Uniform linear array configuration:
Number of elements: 24
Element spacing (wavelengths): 0.5
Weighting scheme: hann
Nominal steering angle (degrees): -60
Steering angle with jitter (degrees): -60.16
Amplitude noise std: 0.05
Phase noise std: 0.05

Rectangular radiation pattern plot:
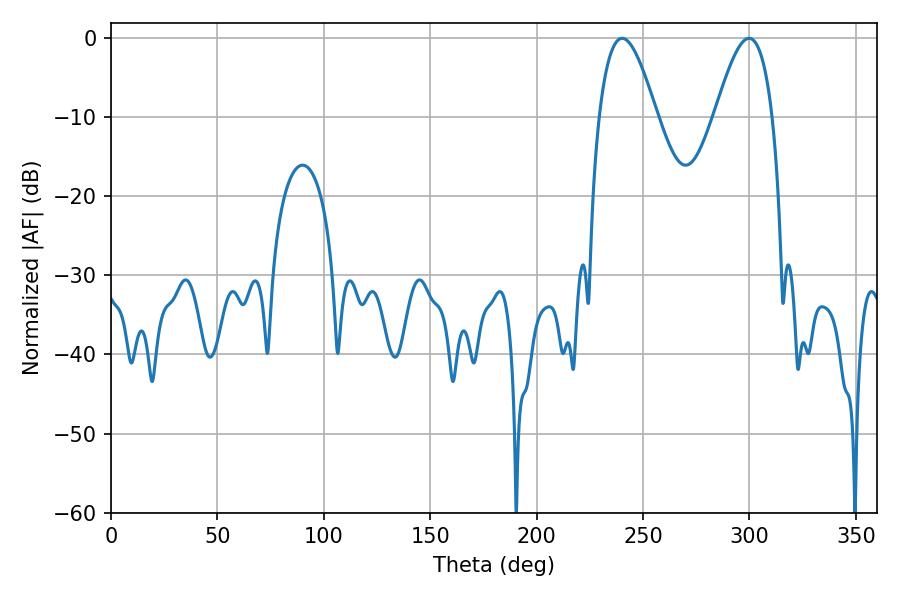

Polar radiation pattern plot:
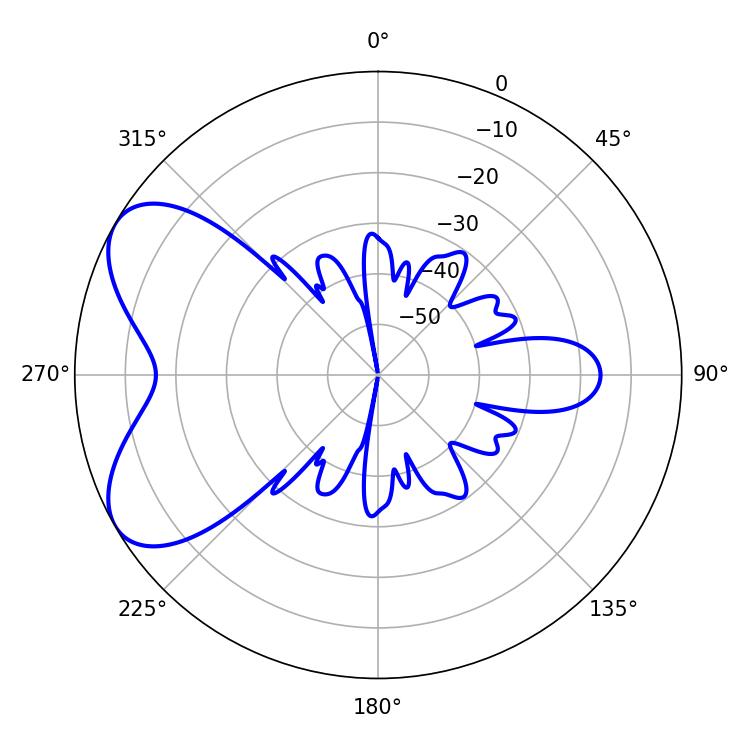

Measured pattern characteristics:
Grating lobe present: FALSE
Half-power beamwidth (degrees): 14.76
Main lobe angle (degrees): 240.12